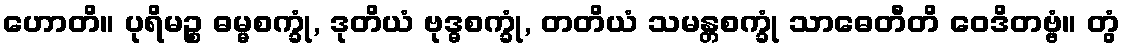
ဟောတိ။ ပုရိမဉ္စ ဓမ္မစက္ခုံ, ဒုတိယံ ဗုဒ္ဓစက္ခုံ, တတိယံ သမန္တစက္ခုံ သာဓေတီတိ ဝေဒိတဗ္ဗံ။ တွံ